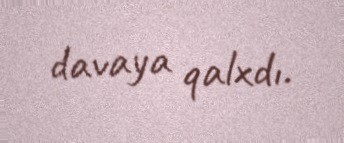
davaya qalxdı.